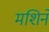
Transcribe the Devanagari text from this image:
मशिनें